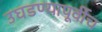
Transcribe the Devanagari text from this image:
उघडण्यापूर्वीच